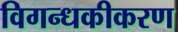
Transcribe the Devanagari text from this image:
विगन्धकीकरण